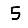
Digit: 5